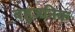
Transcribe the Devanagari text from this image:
बहुजनिक